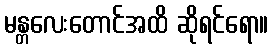
မန္တလေးတောင်အထိ ဆိုရင်ရော။